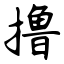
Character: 撸